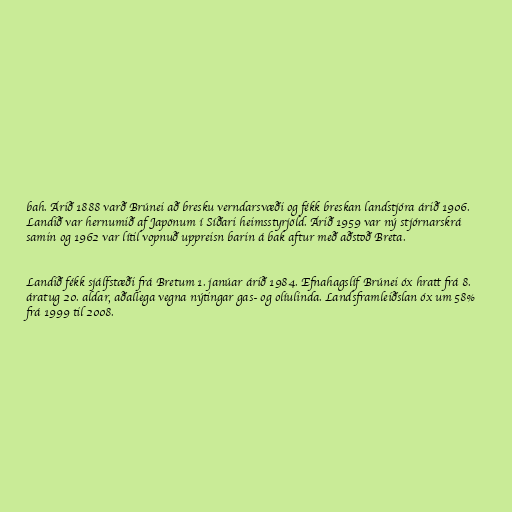
bah. Árið 1888 varð Brúnei að bresku verndarsvæði og fékk breskan landstjóra árið 1906.
Landið var hernumið af Japönum í Síðari heimsstyrjöld. Árið 1959 var ný stjórnarskrá
samin og 1962 var lítil vopnuð uppreisn barin á bak aftur með aðstoð Breta.

Landið fékk sjálfstæði frá Bretum 1. janúar árið 1984. Efnahagslíf Brúnei óx hratt frá 8.
áratug 20. aldar, aðallega vegna nýtingar gas- og olíulinda. Landsframleiðslan óx um 58%
frá 1999 til 2008.